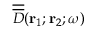
\overline { { \overline { { D } } } } ( { \bf r } _ { 1 } ; { \bf r } _ { 2 } ; \omega )